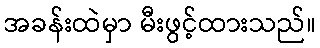
အခန်းထဲမှာ မီးဖွင့်ထားသည်။